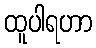
ထူပါရဟာ